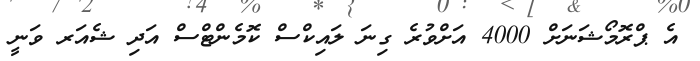
އެ ޕްރޮމޯޝަނަށް 4000 އަށްވުރެ ގިނަ ލައިކްސް ކޮމެންޓްސް އަދި ޝެއަރ ވަނީ